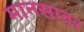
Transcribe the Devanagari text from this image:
मानसावर